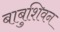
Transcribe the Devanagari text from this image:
बाबुशिवन